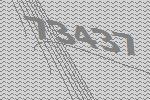
73437